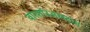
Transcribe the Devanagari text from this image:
वारशॉउअरस्ट्रास